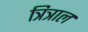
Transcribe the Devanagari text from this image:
त्रित्राल